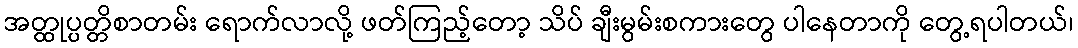
အတ္ထုပ္ပတ္တိစာတမ်း ရောက်လာလို့ ဖတ်ကြည့်တော့ သိပ် ချီးမွမ်းစကားတွေ ပါနေတာကို တွေ့ရပါတယ်၊